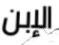
الإبن